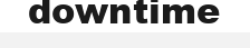
downtime